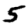
Digit: 5